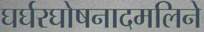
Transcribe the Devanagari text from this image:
घर्घरघोषनादमलिने